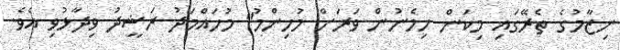
ނިޒާމުގެ ތެރޭގައި މިކަން ހިމެނުން ވަރަށް މުހިންމު" މުހައްމަދު ރަޝީދު ވިދާޅުވި އެވެ.